Vaccination in the Punjab 1883-1896 - 1883-1896
Year: 1883
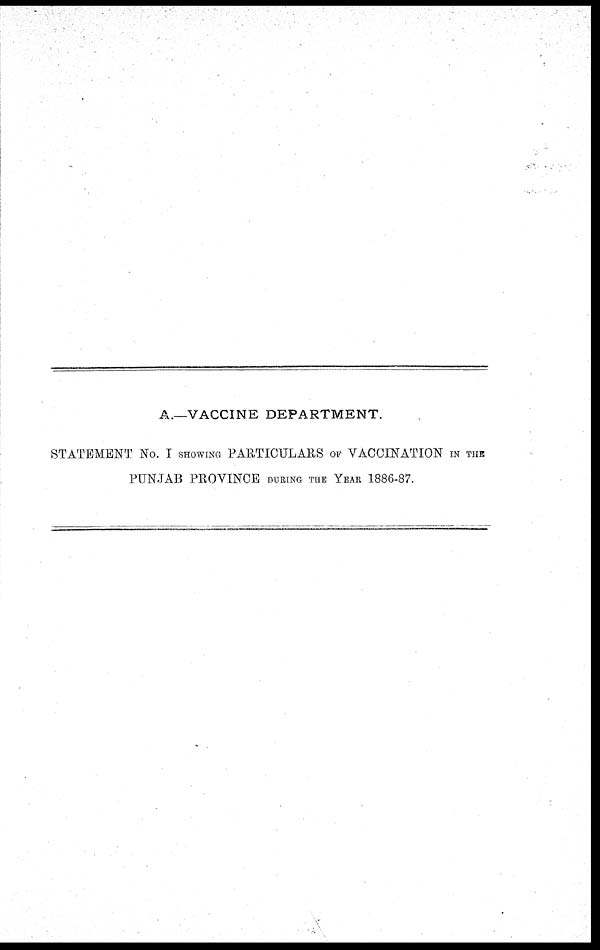
A.—VACCINE DEPARTMENT.
STATEMENT No. I SHOWING PARTICULARS OF VACCINATION IN THE
PUNJAB PROVINCE DURING THE YEAR 1886-87.